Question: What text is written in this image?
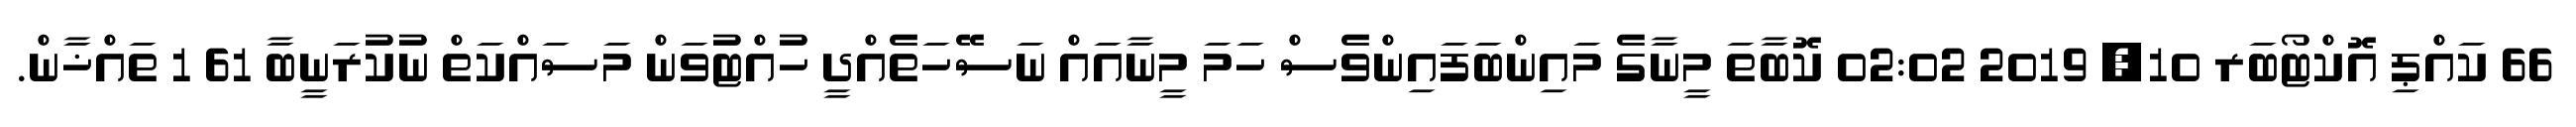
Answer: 66 ކައްޕި އޮކްޓޯބަރ 10, 2019 02:02 ކޮބާތަ މީނާގެ މައިންބަފައިންވެސް ހަމަ މީނާއައް ނަސޭހަތެއްދީ ހުއްޓުވަން މަސައްކަތް ނުކުރަނީބާ 61 1 ތައްޚާން.